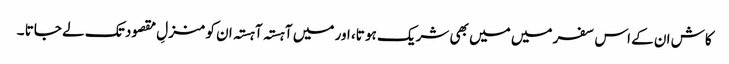
کاش ان کے اس سفر میں میں بھی شریک ہو تا، اور میں آہستہ آہستہ ان کو منزلِ مقصود تک لے جاتا ۔